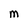
Character: M